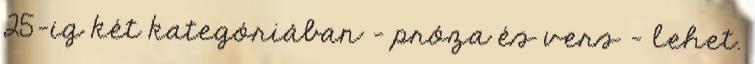
25-ig két kategóriában - próza és vers - lehet.